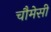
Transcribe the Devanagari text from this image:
चौमेसी